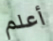
أعلم